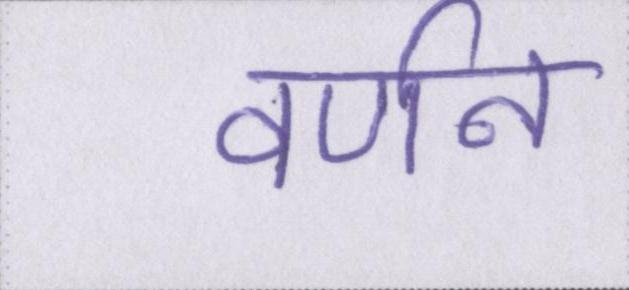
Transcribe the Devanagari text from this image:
वर्णन